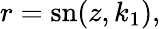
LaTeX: \begin{array}{r}{r=\mathrm{sn}(z,k_{1}),}\end{array}